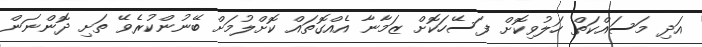
އަދި މަސައްކަތް ހަލުވިކޮށް ފަސޭހަކޮށް ޒަމާނާ އެއްގޮތައް ކޮށްލުމަށް ބޭނުންކުރެވޭ ތަށި ދޮންނަން